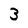
Character: 3